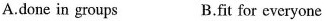
A.done in groups B.fit for everyone